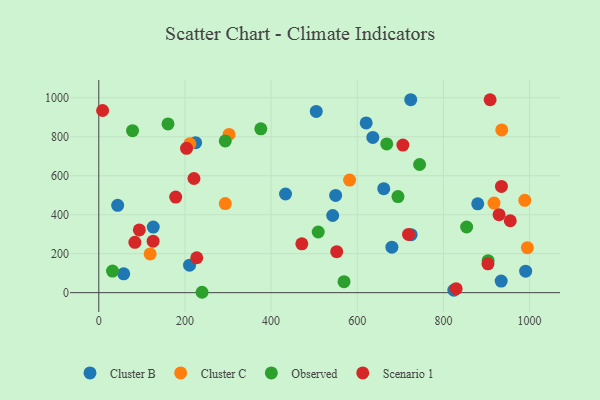
{"axis": {"x": "Price", "y": "Fuel Efficiency"}, "legend": ["Cluster B", "Cluster C", "Observed", "Scenario 1"], "data": [{"x": "680.4", "y": 233.3, "type": "Cluster B"}, {"x": "57.8", "y": 96.9, "type": "Cluster B"}, {"x": "990.9", "y": 110.2, "type": "Cluster B"}, {"x": "824.3", "y": 12.6, "type": "Cluster B"}, {"x": "636.1", "y": 796.4, "type": "Cluster B"}, {"x": "620.7", "y": 870.8, "type": "Cluster B"}, {"x": "934.1", "y": 59.3, "type": "Cluster B"}, {"x": "43.8", "y": 448.1, "type": "Cluster B"}, {"x": "724.1", "y": 989.8, "type": "Cluster B"}, {"x": "224.7", "y": 769.6, "type": "Cluster B"}, {"x": "661.5", "y": 533.5, "type": "Cluster B"}, {"x": "725.1", "y": 297.5, "type": "Cluster B"}, {"x": "504.8", "y": 930.0, "type": "Cluster B"}, {"x": "210.7", "y": 140.9, "type": "Cluster B"}, {"x": "433.5", "y": 506.1, "type": "Cluster B"}, {"x": "543.0", "y": 395.8, "type": "Cluster B"}, {"x": "549.8", "y": 499.1, "type": "Cluster B"}, {"x": "126.4", "y": 336.4, "type": "Cluster B"}, {"x": "879.7", "y": 455.8, "type": "Cluster B"}, {"x": "988.9", "y": 473.5, "type": "Cluster C"}, {"x": "582.2", "y": 577.6, "type": "Cluster C"}, {"x": "994.9", "y": 230.6, "type": "Cluster C"}, {"x": "119.2", "y": 198.8, "type": "Cluster C"}, {"x": "917.5", "y": 459.6, "type": "Cluster C"}, {"x": "293.7", "y": 456.9, "type": "Cluster C"}, {"x": "935.4", "y": 834.7, "type": "Cluster C"}, {"x": "302.4", "y": 811.8, "type": "Cluster C"}, {"x": "211.4", "y": 763.4, "type": "Cluster C"}, {"x": "903.7", "y": 163.9, "type": "Observed"}, {"x": "239.7", "y": 2.0, "type": "Observed"}, {"x": "160.7", "y": 865.5, "type": "Observed"}, {"x": "293.6", "y": 778.2, "type": "Observed"}, {"x": "668.4", "y": 763.2, "type": "Observed"}, {"x": "744.7", "y": 657.4, "type": "Observed"}, {"x": "78.3", "y": 831.2, "type": "Observed"}, {"x": "853.9", "y": 336.9, "type": "Observed"}, {"x": "509.4", "y": 311.1, "type": "Observed"}, {"x": "31.9", "y": 110.9, "type": "Observed"}, {"x": "569.3", "y": 56.5, "type": "Observed"}, {"x": "694.5", "y": 493.0, "type": "Observed"}, {"x": "376.1", "y": 840.7, "type": "Observed"}, {"x": "8.9", "y": 934.5, "type": "Scenario 1"}, {"x": "934.7", "y": 545.0, "type": "Scenario 1"}, {"x": "829.5", "y": 20.3, "type": "Scenario 1"}, {"x": "126.1", "y": 264.3, "type": "Scenario 1"}, {"x": "908.4", "y": 989.7, "type": "Scenario 1"}, {"x": "929.2", "y": 400.0, "type": "Scenario 1"}, {"x": "471.3", "y": 250.8, "type": "Scenario 1"}, {"x": "903.4", "y": 147.9, "type": "Scenario 1"}, {"x": "178.5", "y": 490.5, "type": "Scenario 1"}, {"x": "203.7", "y": 740.5, "type": "Scenario 1"}, {"x": "552.3", "y": 210.2, "type": "Scenario 1"}, {"x": "719.0", "y": 299.0, "type": "Scenario 1"}, {"x": "94.1", "y": 321.7, "type": "Scenario 1"}, {"x": "220.9", "y": 585.7, "type": "Scenario 1"}, {"x": "705.9", "y": 757.3, "type": "Scenario 1"}, {"x": "955.2", "y": 368.9, "type": "Scenario 1"}, {"x": "83.8", "y": 258.5, "type": "Scenario 1"}, {"x": "227.4", "y": 179.2, "type": "Scenario 1"}]}